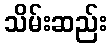
သိမ်းဆည်း